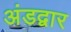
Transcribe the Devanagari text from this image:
अंडद्वार